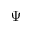
\Psi